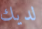
لديك